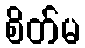
စိတ်မ